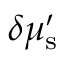
\delta \mu _ { \mathrm { s } } ^ { \prime }